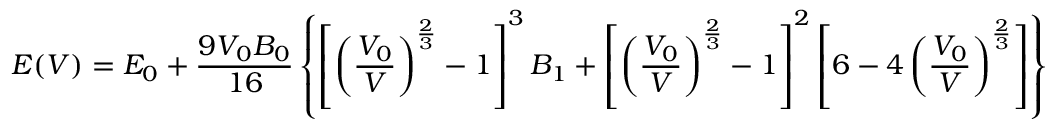
E ( V ) = E _ { 0 } + \frac { 9 V _ { 0 } B _ { 0 } } { 1 6 } \left\{ \left[ \left( \frac { V _ { 0 } } { V } \right) ^ { \frac { 2 } { 3 } } - 1 \right] ^ { 3 } B _ { 1 } + \left[ \left( \frac { V _ { 0 } } { V } \right) ^ { \frac { 2 } { 3 } } - 1 \right] ^ { 2 } \left[ 6 - 4 \left( \frac { V _ { 0 } } { V } \right) ^ { \frac { 2 } { 3 } } \right] \right\}